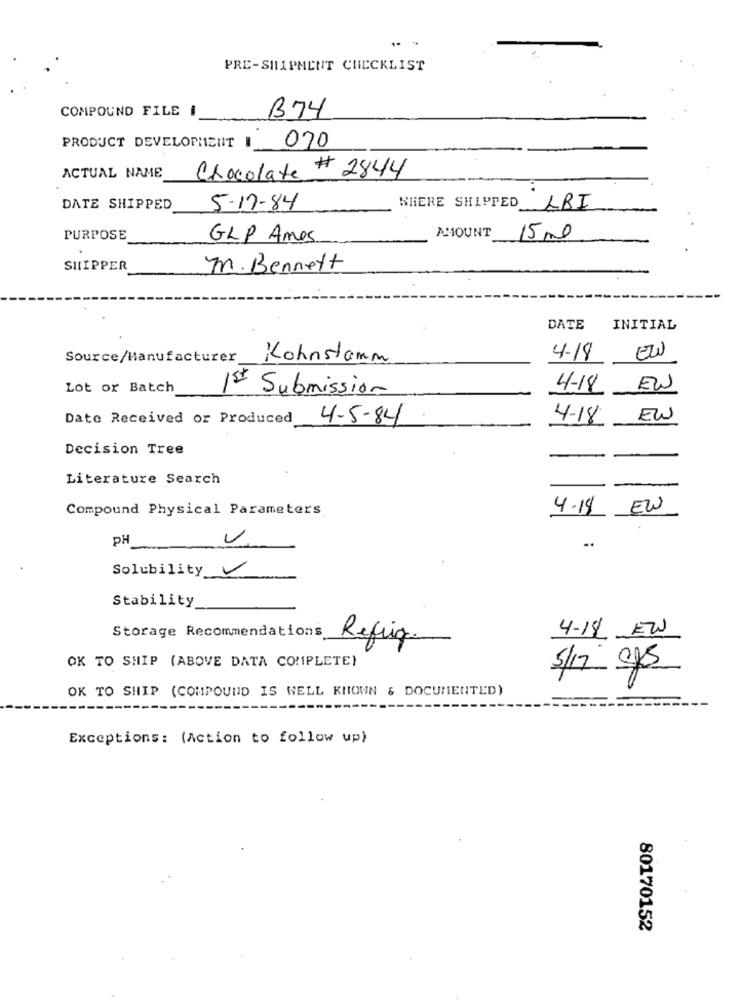
PRE-SHIPMENT CHECKLIST
COMPOUND FILE I
B74
PRODUCT DEVELOPMENT I
070
Chocolate # 2844
ACTUAL NAME
DATE SHIPPED
5-17-84
WHERE SHIPPED LRI
AMOUNT
PURPOSE
GLP Amos
15 ml
SHIPPER
m. Bennett
DATE
INITIAL
EW
Source/Manufacturer
Kohnstamm
4.18
Lot or Batch
1st Submission
4-18
EW
Date Received or Produced
4-5-84
4-18 EW
Decision Tree
--
Literature Search
Compound Physical Parameters
4.18
EW
PH
..
Solubility
Stability
Storage Recommendations_
4-14 EW
Refiq
-
OK TO SHIP (ABOVE DATA COMPLETE)
5/17 gfs
OK TO SHIP (COMPOUND IS WELL KNOWN & DOCUMENTED)
Exceptions: (Action to follow up)
80170152